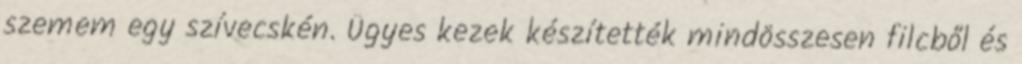
szemem egy szívecskén. Ügyes kezek készítették mindösszesen filcből és